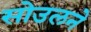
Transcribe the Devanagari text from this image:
सोउलने